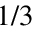
1 / 3